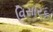
વિસારક